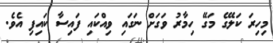
މިހިރަ ކަލޭގެ މަގޭ ހިމާރު ވަގަށް ނަގައި ވިއްކައި ފައިސާ ކައިފި އެވެ.